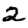
Digit: 2